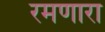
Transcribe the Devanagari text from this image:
रमणारा